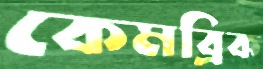
কেমব্রিক